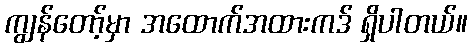
ကျွန်တော့်မှာ အထောက်အထားကဒ် ရှိပါတယ်။